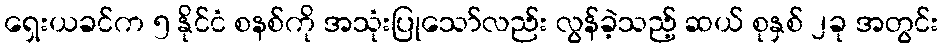
ရှေးယခင်က ၅ နိုင်ငံ စနစ်ကို အသုံးပြုသော်လည်း လွန်ခဲ့သည့် ဆယ် စုနှစ် ၂ခု အတွင်း